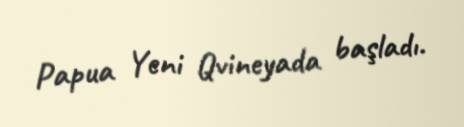
Papua Yeni Qvineyada başladı.